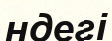
ндегі